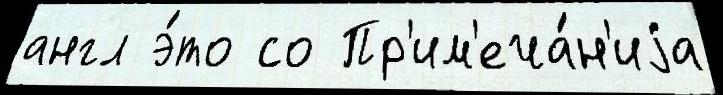
англ э́то со Пр'им'еча́н'иjа